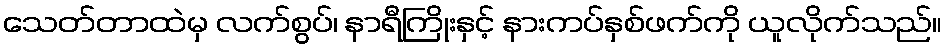
သေတ်တာထဲမှ လက်စွပ်၊ နာရီကြိုးနှင့် နားကပ်နှစ်ဖက်ကို ယူလိုက်သည်။